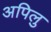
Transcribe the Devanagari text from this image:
अपिलु